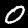
Digit: 0